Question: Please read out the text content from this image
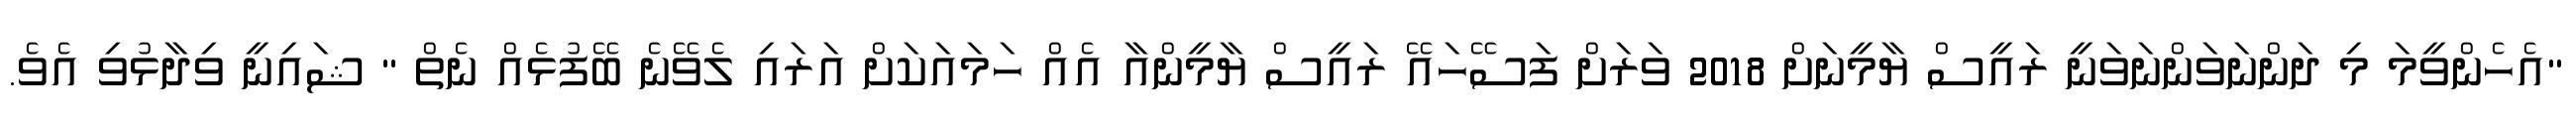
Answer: "އެހެންވީމަ މި ދަންނަވަންނަވަނީ ރައީސް ޔާމީނަށް 2018 ވަރަށް ފަސޭހައޭ ރައީސް ޔާމީންއާ އެއް ހަމައަކަށް އަރައި ލެވޭނެ ބޭފުޅެއް ނެތް " ޝައިނީ ވިދާޅުވި އެވެ.